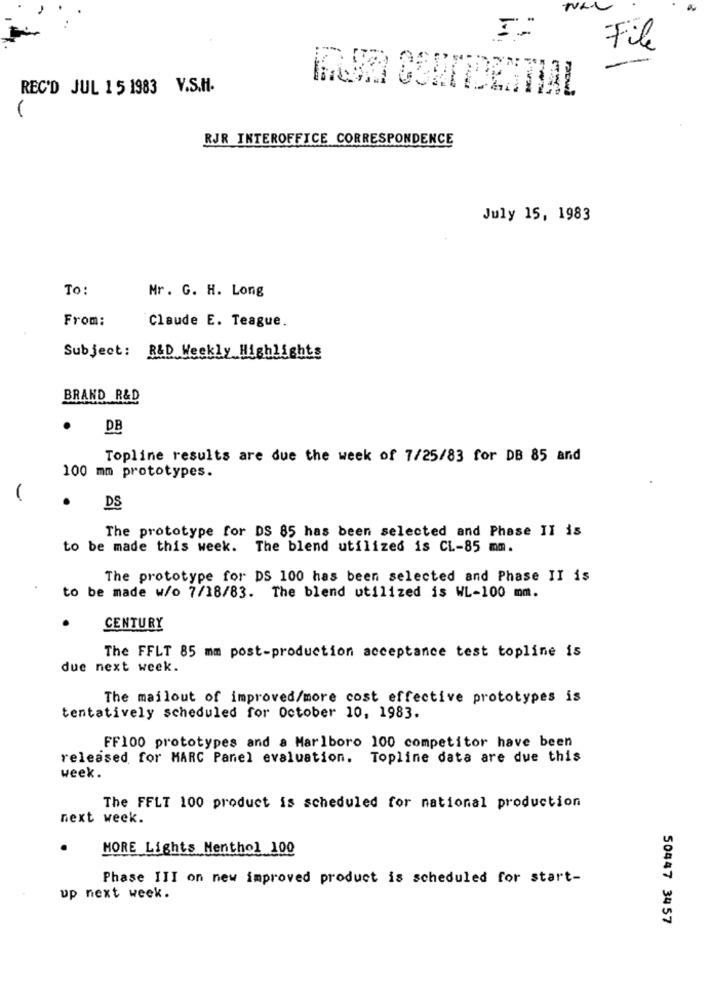
File
REC'D JUL 15 1983 V.S.H.
RJR INTEROFFICE CORRESPONDENCE
July 15, 1983
To:
Mr. G. H. Long
From:
Claude E. Teague.
Subject: R&D Weekly Highlights
BRAND R&D
DB
Topline results are due the week of 7/25/83 for DB 85 and
100 mm prototypes.
DS
The prototype for DS 85 has been selected and Phase II is
to be made this week. The blend utilized is CL-85 mm.
The prototype for DS 100 has been selected and Phase II is
to be made w/o 7/18/83. The blend utilized is WL-100 mm.
CENTURY
The FFLT 85 mm post-production acceptance test topline is
due next week.
The mailout of improved/more cost effective prototypes is
tentatively scheduled for October 10, 1983.
FF100 prototypes and a Marlboro 100 competitor have been
released for MARC Panel evaluation. Topline data are due this
week.
The FFLT 100 product is scheduled for national production
next week.
MORE Lights Menthol 100
Phase III on new improved product is scheduled for start-
up next week.
50447 3457